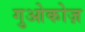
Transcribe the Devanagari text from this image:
गुओकोज़